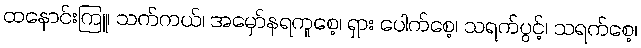
ထနောင်းကြူ၊ သက်ကယ်၊ အမှော်နရကူစေ့၊ ရှား ပေါက်စေ့၊ သရက်ပွင့်၊ သရက်စေ့၊